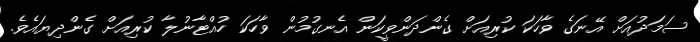
ސަމަދުއަށް އޭނަގެ ވާހަކަ ކުރިއަށް ގެންދަންވީކަން އެނގުމުން ވާހަކަ ހުއްޓާނުލާ ކުރިއަށް ގެންދިޔައެވެ.